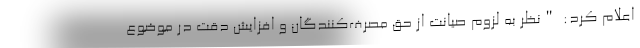
اعلام کرد: "نظر به لزوم صیانت از حق مصرف‌کنندگان و افزایش دقت در موضوع